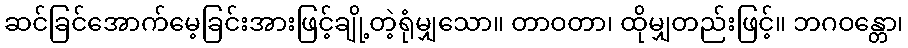
ဆင်ခြင်အောက်မေ့ခြင်းအားဖြင့်ချို့တဲ့ရုံမျှသော။ တာဝတာ၊ ထိုမျှတည်းဖြင့်။ ဘဂဝန္တော၊